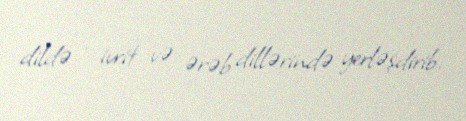
dildə - ivrit və ərəb dillərində yerləşdirib.